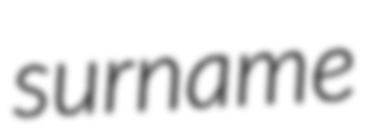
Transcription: surname